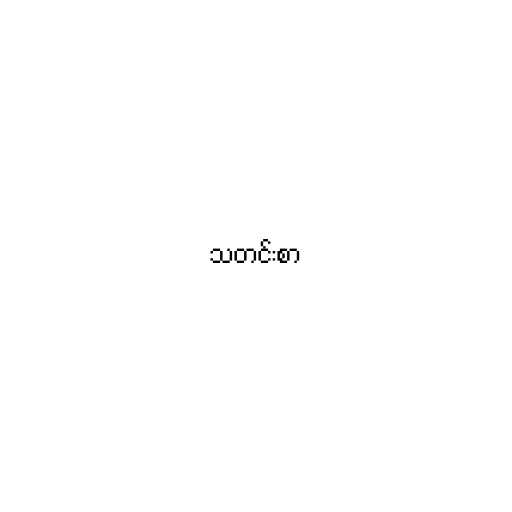
သတင်းစာ